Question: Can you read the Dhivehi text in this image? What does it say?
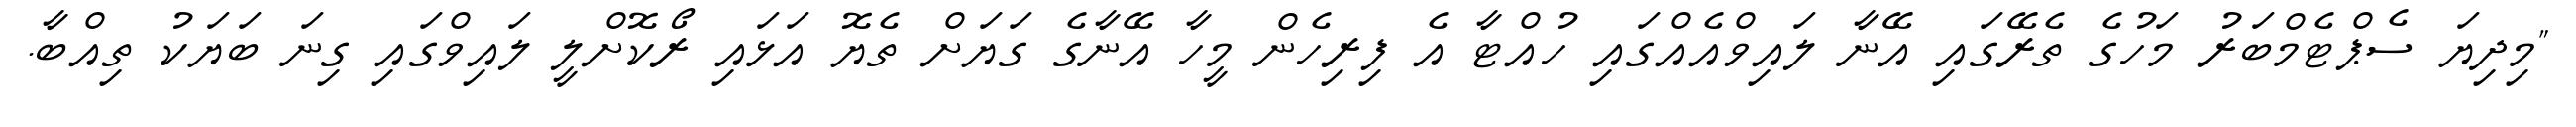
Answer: "މިދިޔަ ސެޕްޓެމްބަރު މަހުގެ ތެރޭގައި އޭނާ ލައިވްއެއްގައި ހުއްޓާ އެ ފިރިހެން މީހާ އޭނާގެ ގަޔަށް ތެޔޮ އަޅައި ރޯކޮށްލީ ލައިވްގައި ގިނަ ބަޔަކު ތިއްބާ.